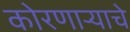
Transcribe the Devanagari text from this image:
कोरणार्‍याचे